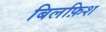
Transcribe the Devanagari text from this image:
बिलफ़िश